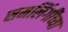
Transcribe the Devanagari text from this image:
समलिंगींच्या